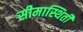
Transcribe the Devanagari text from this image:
सीमास्थिती